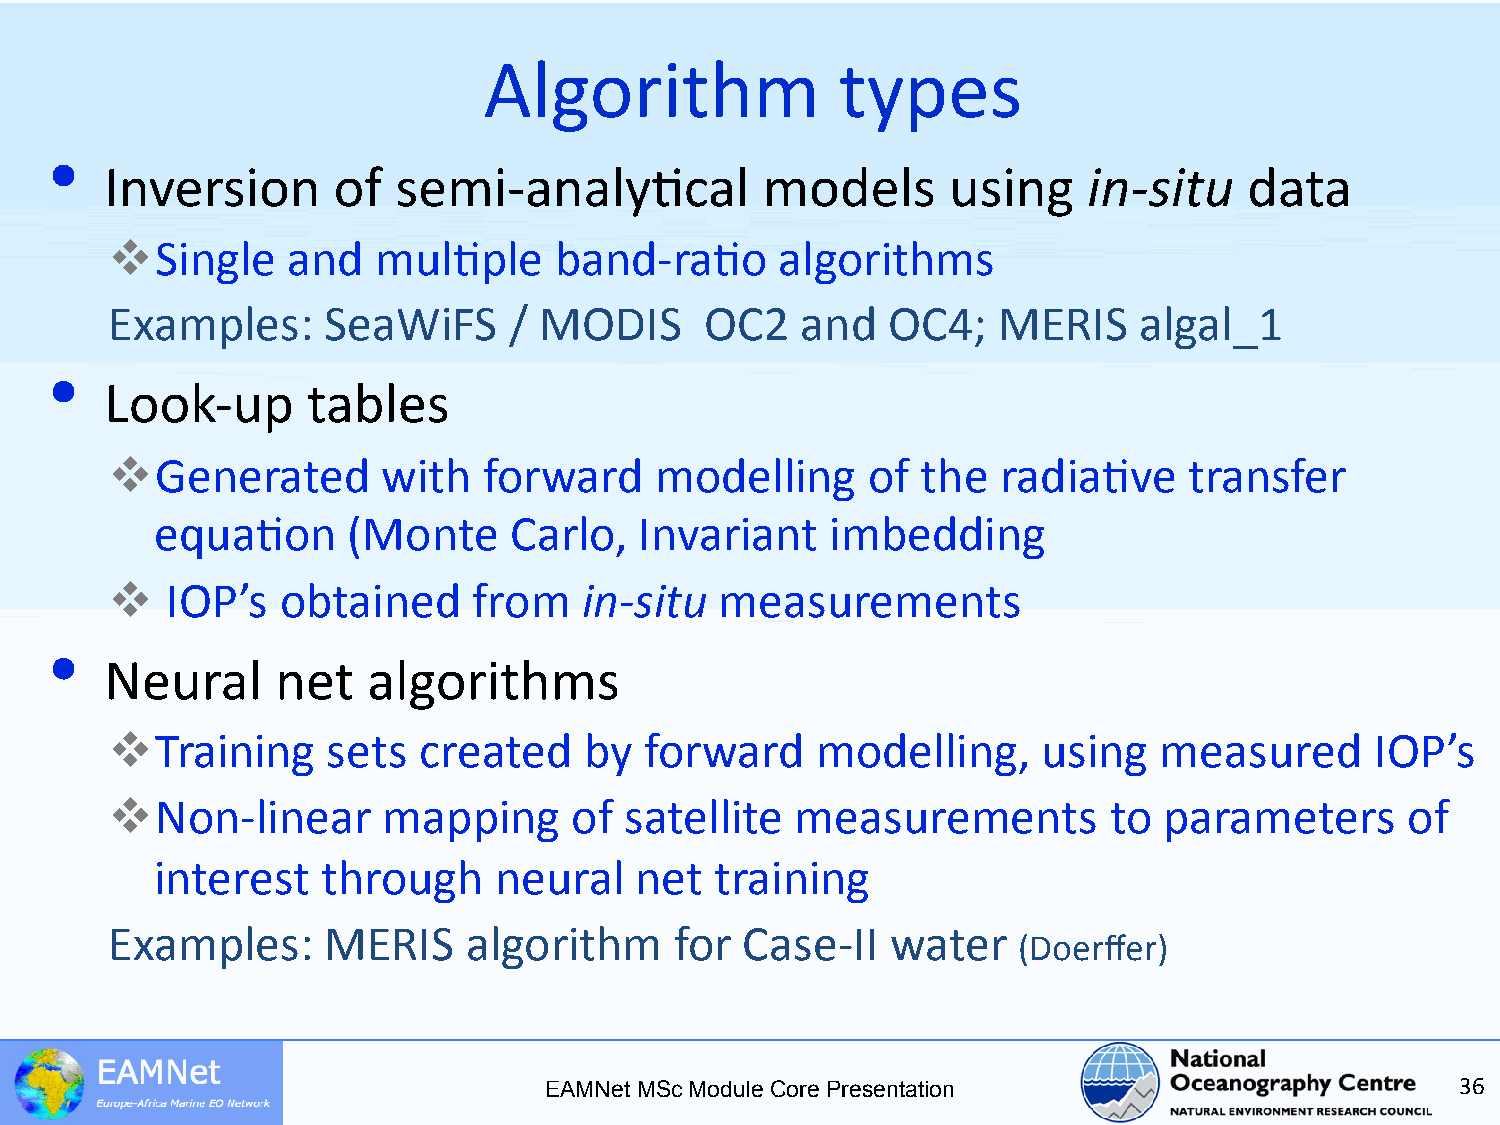
Algorithm               types
 •
 Inversion      of  semi-­‐analy5cal        models       using    in-­‐situ  data
   Single   and   mul5ple     band-­‐ra5o    algorithms
 Examples:     SeaWiFS      / MODIS      OC2   and   OC4;   MERIS    algal_1
 •
 Look-­‐up    tables
   Generated      with   forward    modelling     of  the  radia5ve     transfer
 equa5on      (Monte     Carlo,  Invariant    imbedding
    IOP’s  obtained     from   in-­‐situ measurements
 •
 Neural     net   algorithms
   Training    sets  created    by  forward    modelling,     using   measured      IOP’s
   Non-­‐linear   mapping      of satellite   measurements        to  parameters      of
 interest   through     neural   net  training
 Examples:     MERIS     algorithm     for Case-­‐II water
 (Doerffer)
 EAMNet MSc Module Core Presentation                          36